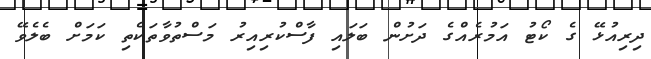
ދިރިއުޅޭ ގެ ކޯޓު އަމުރެއްގެ ދަށުން ބަލައި ފާސްކުރިއިރު މަސްތުވާތަކެތި ކަމަށް ބެލެވޭ